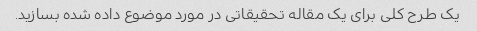
یک طرح کلی برای یک مقاله تحقیقاتی در مورد موضوع داده شده بسازید.